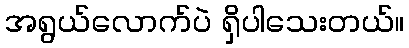
အရွယ်လောက်ပဲ ရှိပါသေးတယ်။